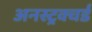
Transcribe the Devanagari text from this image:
अनस्ट्रक्चर्ड